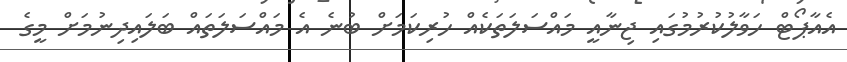
އެއާޕޯޓް ހަވާލުކުރުމުގައި ޖިނާއީ މައްސަލަތަކެއް ހުރިކަމަށް ބުނެ އެ މައްސަލަތައް ބަލައިދިނުމަށް މީގެ